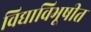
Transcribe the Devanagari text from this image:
विद्याविभूषीत